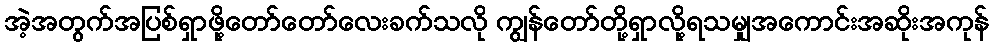
အဲ့အတွက်အပြစ်ရှာဖို့တော်တော်လေးခက်သလို ကျွန်တော်တို့ရှာလို့ရသမျှအကောင်းအဆိုးအကုန်